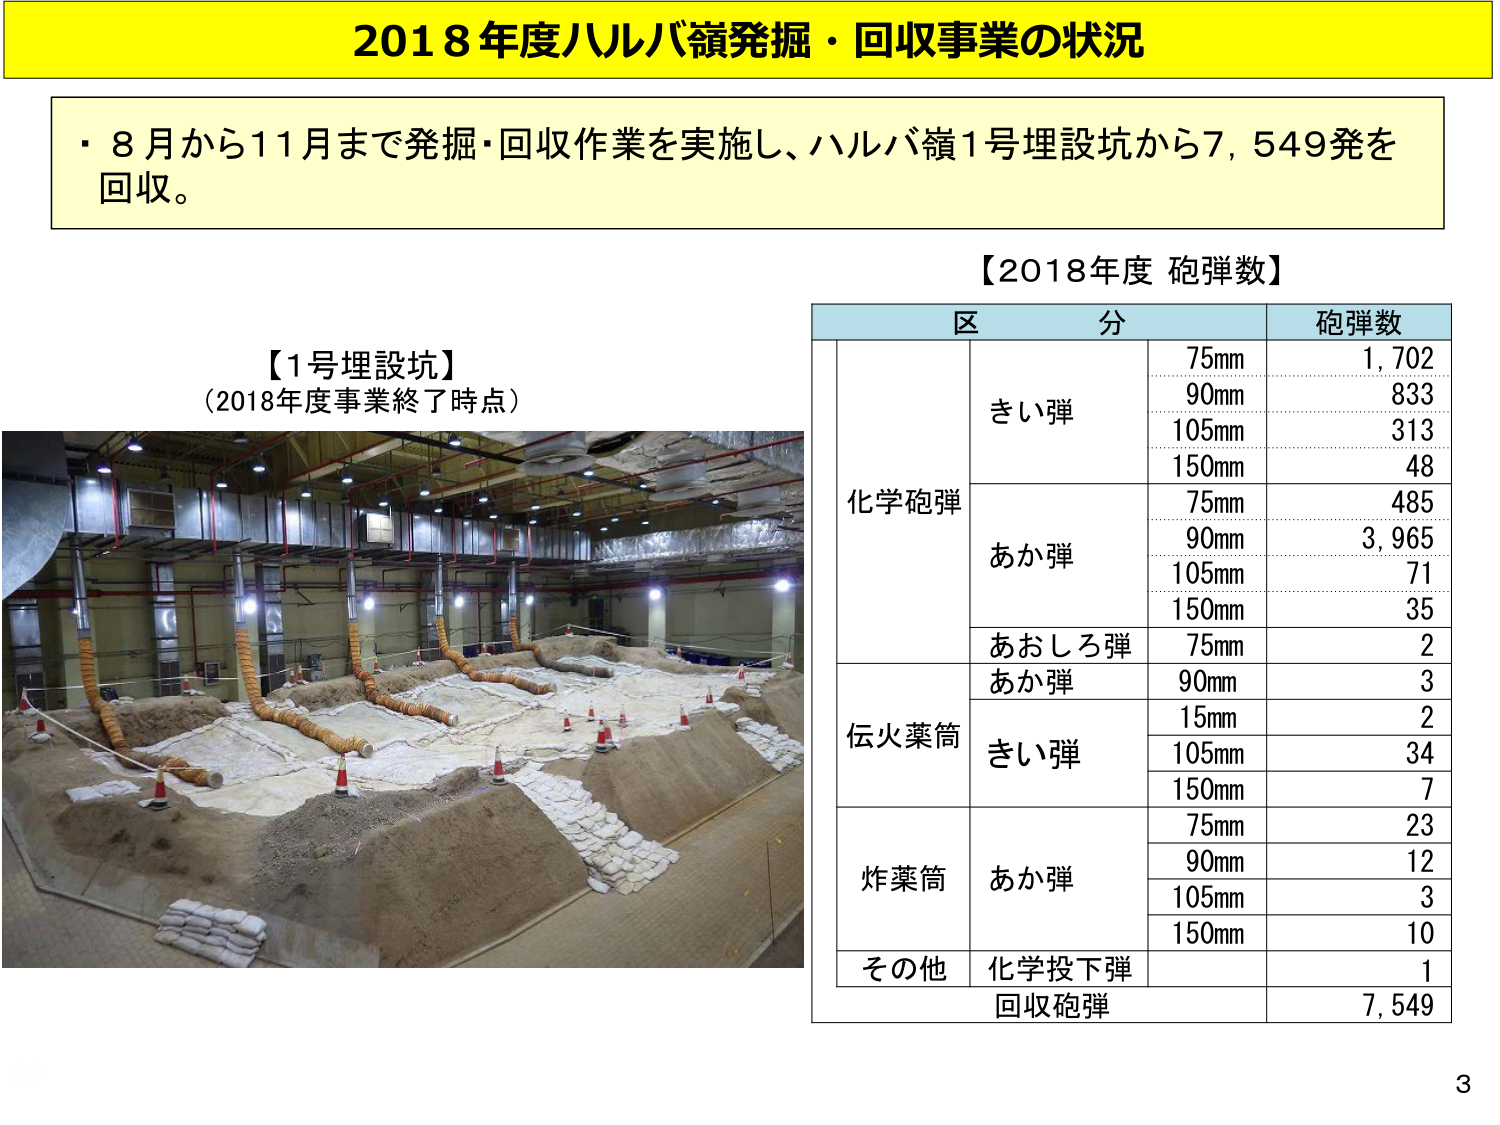
2018年度ハルバ嶺発掘・回収事業の状況

・8月から11月まで発掘・回収作業を実施し、ハルバ嶺1号埋設坑から7,549発を回収。

【1号埋設坑】
（2018年度事業終了時点）

【2018年度 砲弾数】
区 分 砲弾数
化学砲弾 きい弾 75mm 1,702
90mm 833
105mm 313
150mm 48
あか弾 75mm 485
90mm 3,965
105mm 71
150mm 35
あおしろ弾 75mm 2
伝火薬筒 あか弾 90mm 3
きい弾 15mm 2
105mm 34
150mm 7
炸薬筒 あか弾 75mm 23
90mm 12
105mm 3
150mm 10
その他 化学投下弾 1
回収砲弾 7,549

3